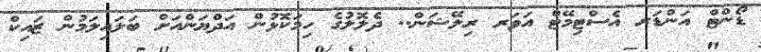
ޑޯންޓް އަންޑަރ އެސްޓިމޭޓް އަވަރ ރިލޭޝަން.. ދެލޮލުގެ ހިމަކޮޅުން އަދްޔަންއަށް ބަލައިލަމުން ޒައިކް